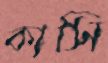
কাসি